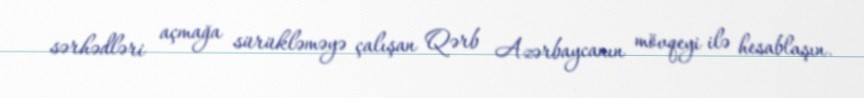
sərhədləri açmağa sürükləməyə çalışan Qərb Azərbaycanın mövqeyi ilə hesablaşın.